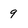
Character: 9